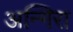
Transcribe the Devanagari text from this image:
अन्गिरा